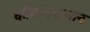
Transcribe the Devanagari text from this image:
कौलादरम्यान